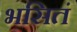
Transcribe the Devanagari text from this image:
भसितं